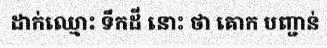
ដាក់ឈ្មោះ ទឹកដី នោះ ថា គោក បញ្ជាន់